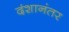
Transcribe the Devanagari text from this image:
दंशानंतर